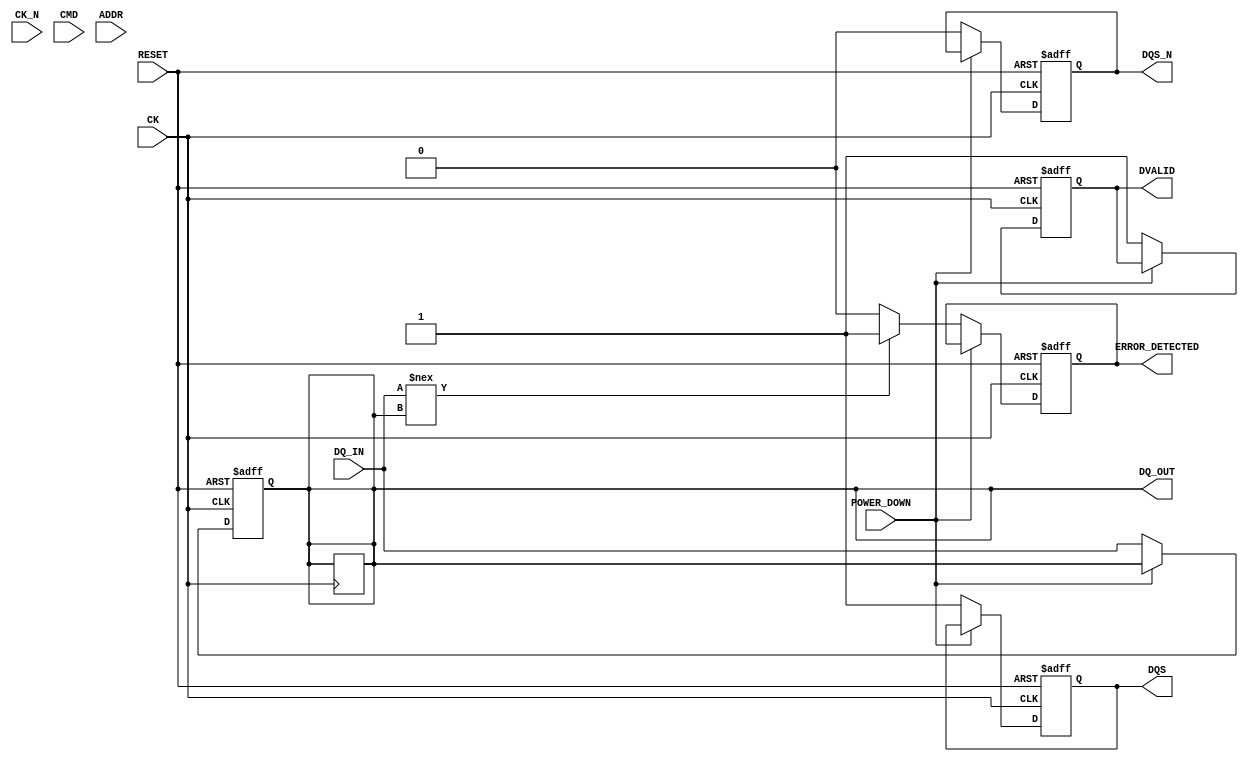
module gddr5_io_block #(
    parameter NUM_CHANNELS = 1,  // Number of channels (1 to 8)
    parameter DATA_WIDTH = 8       // Data width per channel
)(
    input wire [NUM_CHANNELS-1:0] CK,       // Differential Clock
    input wire [NUM_CHANNELS-1:0] CK_N,     // Differential Clock Not
    input wire [DATA_WIDTH-1:0] CMD,        // Command signals
    input wire [DATA_WIDTH-1:0] ADDR,       // Address signals
    input wire [DATA_WIDTH-1:0] DQ_IN,      // Data input
    output wire [DATA_WIDTH-1:0] DQ_OUT,    // Data output
    output wire DVALID,                      // Data Valid signal
    output wire [NUM_CHANNELS-1:0] DQS,     // Data Strobe
    output wire [NUM_CHANNELS-1:0] DQS_N,   // Data Strobe Not
    input wire RESET,                        // Reset signal
    input wire POWER_DOWN,                   // Power down signal
    output wire ERROR_DETECTED               // Error detection signal
);

// Internal signals
reg [DATA_WIDTH-1:0] data_buffer;
reg dvalid_reg;
reg [NUM_CHANNELS-1:0] dqs_reg, dqs_n_reg;
reg error_detected_reg;

// Clock management
always @(posedge CK or negedge RESET) begin
    if (!RESET) begin
        data_buffer <= 0;
        dvalid_reg <= 0;
        dqs_reg <= 0;
        dqs_n_reg <= 0;
        error_detected_reg <= 0;
    end else if (!POWER_DOWN) begin
        // Sample data on rising edge of CK
        data_buffer <= DQ_IN;
        dvalid_reg <= 1; // Indicate data is valid
        dqs_reg <= 1;    // Assert DQS
        dqs_n_reg <= 0;  // Assert DQS#
        
        // Example command handling
        if (CMD == 8'h01) begin // Example command for write
            DQ_OUT <= data_buffer; // Output data
        end else if (CMD == 8'h02) begin // Example command for read
            // Read operation logic
        end
        
        // Error detection logic (simplified)
        if (DQ_IN !== data_buffer) begin
            error_detected_reg <= 1; // Error detected
        end else begin
            error_detected_reg <= 0;
        end
    end
end

// Assign outputs
assign DQ_OUT = data_buffer;
assign DVALID = dvalid_reg;
assign DQS = dqs_reg;
assign DQS_N = dqs_n_reg;
assign ERROR_DETECTED = error_detected_reg;

endmodule